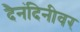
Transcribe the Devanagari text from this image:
दैनंदिनीवर